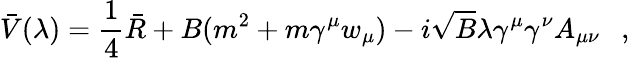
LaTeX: \bar{V}(\lambda)=\frac 14\bar{R}+B(m^{2}+m\gamma^{\mu}w_{\mu})-i\sqrt{B}\lambda\gamma^{\mu}\gamma^{\nu}A_{\mu\nu}~~~,